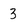
Character: 3